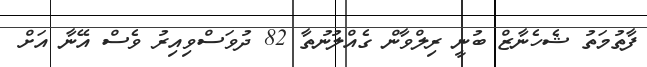
ފާތުމަތު ޝެހެނާޒް ބުނީ ރިލްވާން ގެއްލުނުތާ 82 ދުވަސްވިއިރު ވެސް އޭނާ އަށް